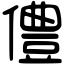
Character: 僼